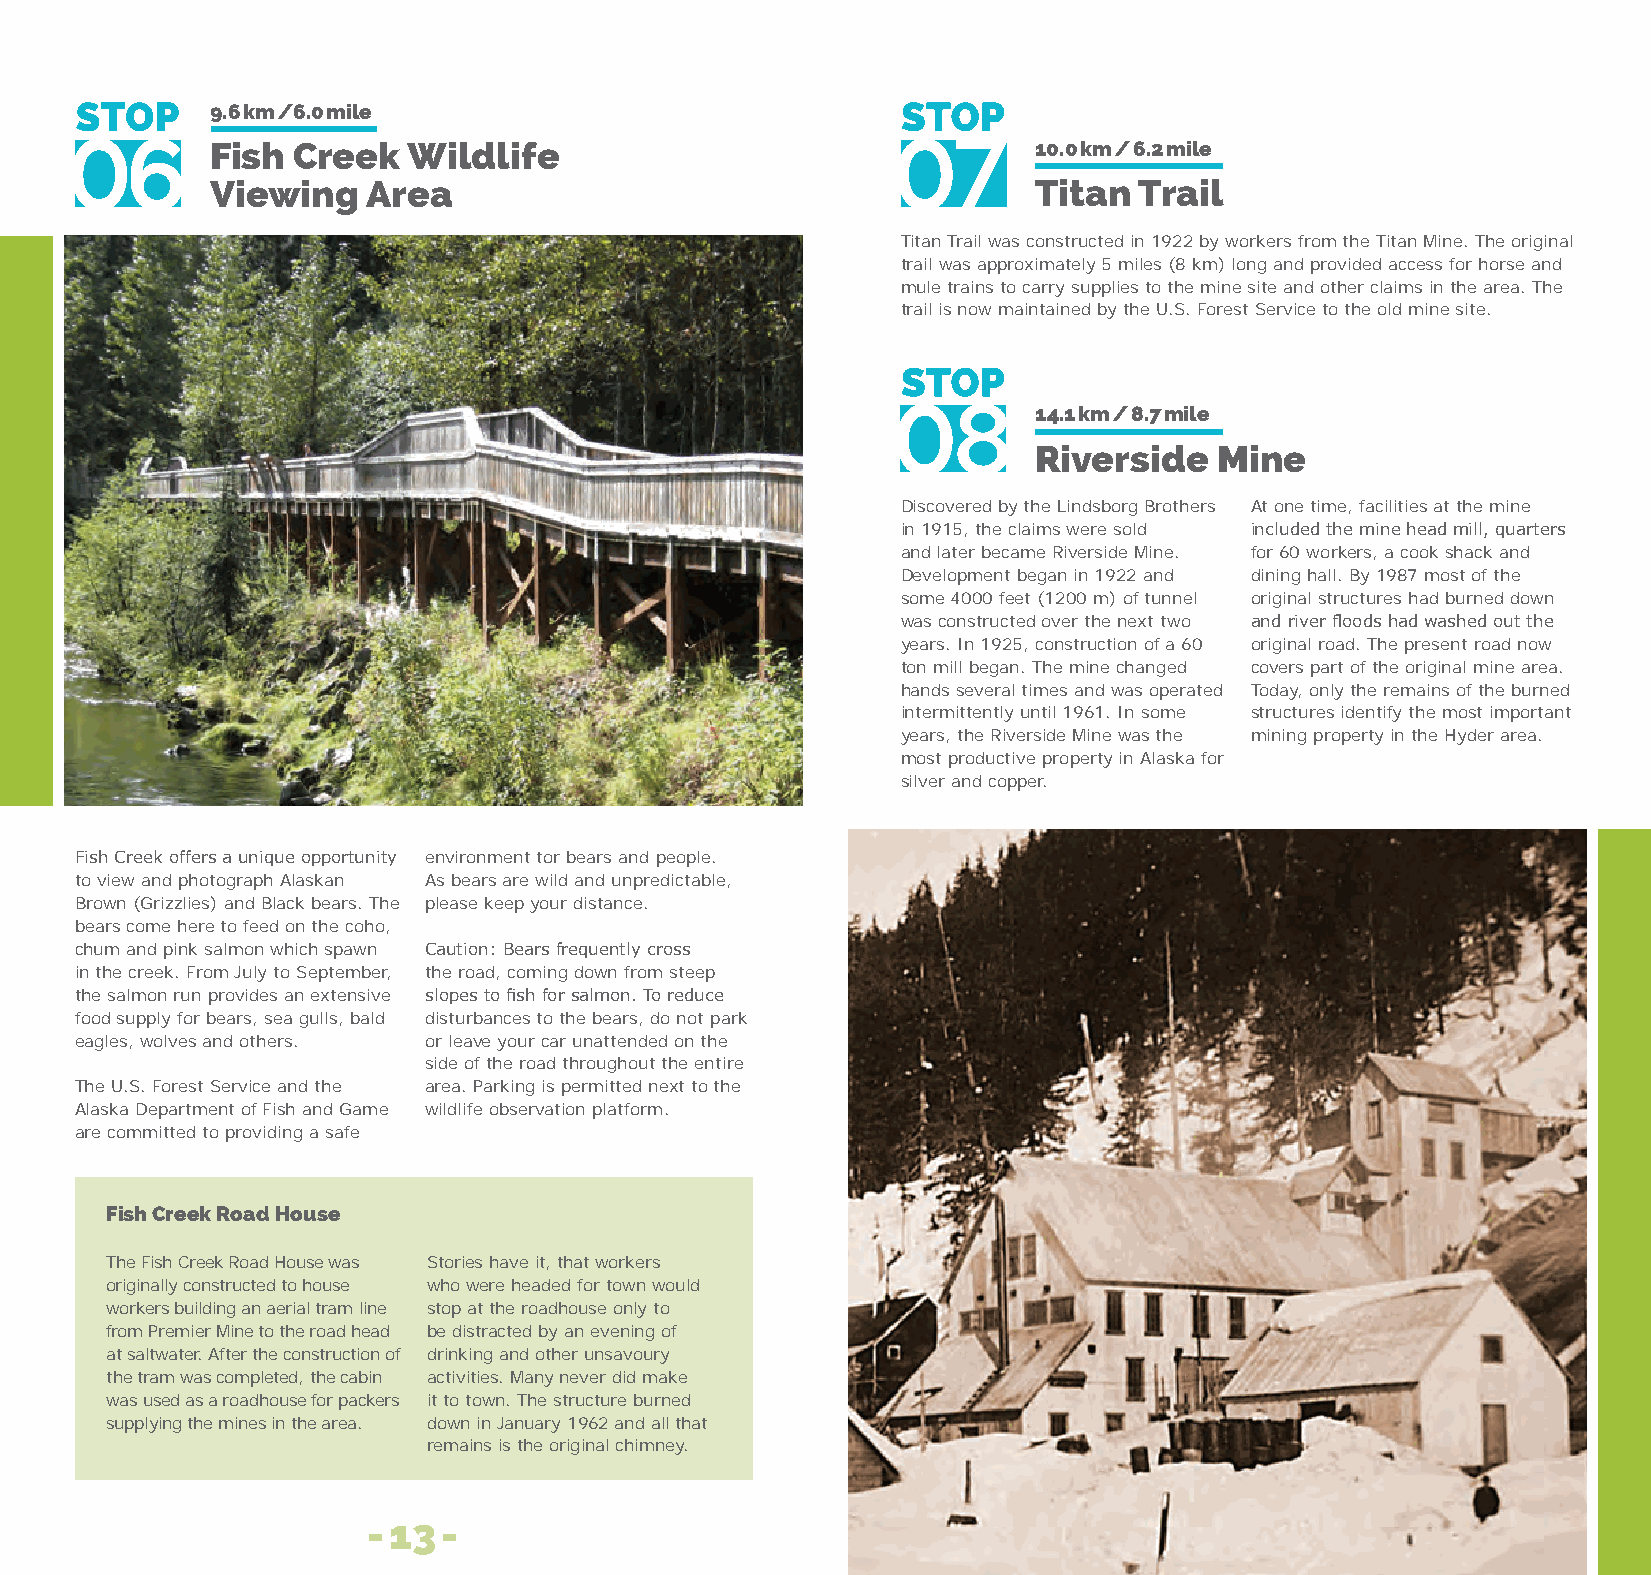
9.6 km /6.0 mile
 fish Creek   Wildlife                                 10.0 km / 6.2 mile
 Viewing   Area                                        Titan  Trail
 Titan Trail was constructed in 1922 by workers from the Titan Mine. The original
 trail was approximately 5 miles (8 km) long and provided access for horse and
 mule trains to carry supplies to the mine site and other claims in the area. The
 trail is now maintained by the U.S. Forest Service to the old mine site.
 14.1 km / 8.7 mile
 Riverside    Mine
 Discovered by the Lindsborg Brothers At one time, facilities at the mine
 in 1915, the claims were sold included the mine head mill, quarters
 and later became Riverside Mine. for 60 workers, a cook shack and
 Development began in 1922 and dining hall. By 1987 most of the
 some 4000 feet (1200 m) of tunnel original structures had burned down
 was constructed over the next two and river floods had washed out the
 years. In 1925, construction of a 60 original road. The present road now
 ton mill began. The mine changed covers part of the original mine area.
 hands several times and was operated Today, only the remains of the burned
 intermittently until 1961. In some structures identify the most important
 years, the Riverside Mine was the mining property in the Hyder area.
 most productive property in Alaska for
 silver and copper.
 Fish Creek offers a unique opportunity environment tor bears and people.
 to view and photograph Alaskan As bears are wild and unpredictable,
 Brown (Grizzlies) and Black bears. The please keep your distance.
 bears come here to feed on the coho,
 chum and pink salmon which spawn Caution: Bears frequently cross
 in the creek. From July to September, the road, coming down from steep
 the salmon run provides an extensive slopes to fish for salmon. To reduce
 food supply for bears, sea gulls, bald disturbances to the bears, do not park
 eagles, wolves and others. or leave your car unattended on the
 side of the road throughout the entire
 The U.S. Forest Service and the area. Parking is permitted next to the
 Alaska Department of Fish and Game wildlife observation platform.
 are committed to providing a safe
 fish Creek Road House
 The Fish Creek Road House was Stories have it, that workers
 originally constructed to house who were headed for town would
 workers building an aerial tram line stop at the roadhouse only to
 from Premier Mine to the road head be distracted by an evening of
 at saltwater. After the construction of drinking and other unsavoury
 the tram was completed, the cabin activities. Many never did make
 was used as a roadhouse for packers it to town. The structure burned
 supplying the mines in the area. down in January 1962 and all that
 remains is the original chimney.
 - 13 -